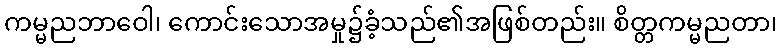
ကမ္မညဘာဝေါ၊ ကောင်းသောအမှု၌ခံ့သည်၏အဖြစ်တည်း။ စိတ္တကမ္မညတာ၊